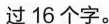
过16个字。